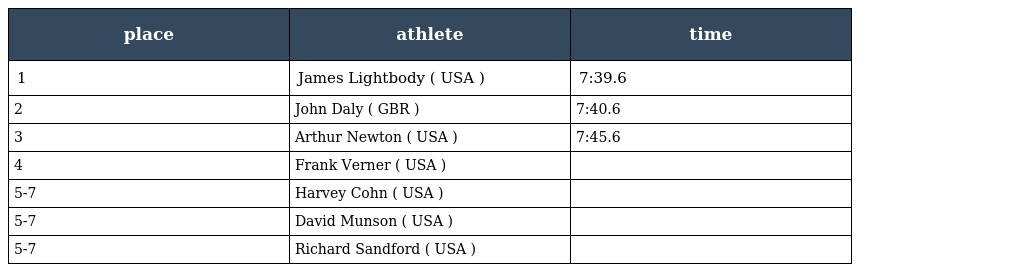
| place | athlete | time |
 | --- | --- | --- |
 | 1 | James Lightbody ( USA ) | 7:39.6 |
 | 2 | John Daly ( GBR ) | 7:40.6 |
 | 3 | Arthur Newton ( USA ) | 7:45.6 |
 | 4 | Frank Verner ( USA ) |  |
 | 5-7 | Harvey Cohn ( USA ) |  |
 | 5-7 | David Munson ( USA ) |  |
 | 5-7 | Richard Sandford ( USA ) |  |